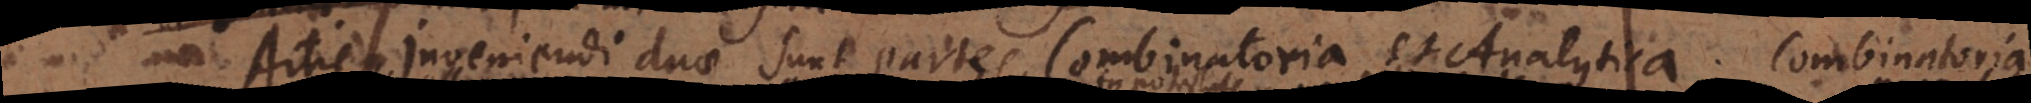
Artis inveniendi duae sunt partes, Combinatoria et Analytica. Combinatoria